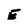
Character: E